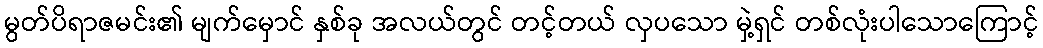
မွတ်ပိရာဇမင်း၏ မျက်မှောင် နှစ်ခု အလယ်တွင် တင့်တယ် လှပသော မှဲ့ရှင် တစ်လုံးပါသောကြောင့်